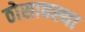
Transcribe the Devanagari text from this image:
ठोसावस्था